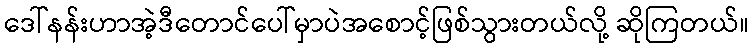
ဒေါ်နန်းဟာအဲ့ဒီတောင်ပေါ်မှာပဲအစောင့်ဖြစ်သွားတယ်လို့ ဆိုကြတယ်။